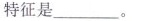
特征是___。